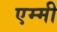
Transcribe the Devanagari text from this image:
एम्‍मी